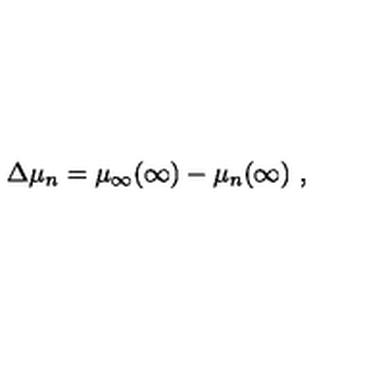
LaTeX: \Delta \mu _ { n } = \mu _ { \infty } ( \infty ) - \mu _ { n } ( \infty ) \ ,